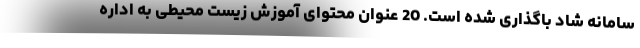
سامانه شاد باگذاری شده است. 20 عنوان محتوای آموزش زیست محیطی به اداره